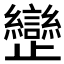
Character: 𣦱